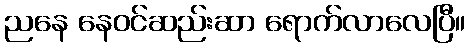
ညနေ နေဝင်ဆည်းဆာ ရောက်လာလေပြီ။